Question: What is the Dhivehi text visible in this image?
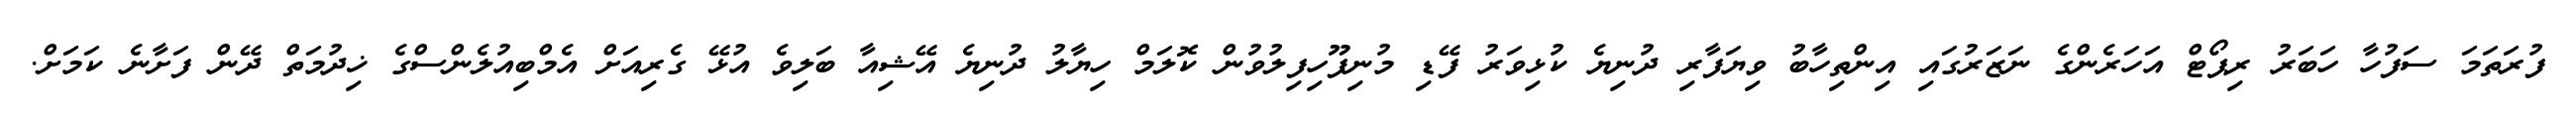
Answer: ފުރަތަމަ ސަފުހާ ހަބަރު ރިޕޯޓް އަހަރެންގެ ނަޒަރުގައި އިންތިހާބު ވިޔަފާރި ދުނިޔެ ކުޅިވަރު ފޭޑި މުނިފޫހިފިލުވުން ކޮލަމް ހިޔާލު ދުނިޔެ އޭޝިއާ ބަލިވެ އުޅޭ ގެރިއަށް އެމްބިއުލެންސްގެ ޚިދުމަތް ދޭން ފަށާނެ ކަމަށް.